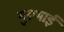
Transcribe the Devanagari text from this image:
गुरूभाई